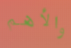
والأهم